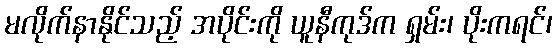
မလိုက်နာနိုင်သည့် အပိုင်းကို ယူနီကုဒ်က ရှမ်း၊ ပိုးကရင်၊